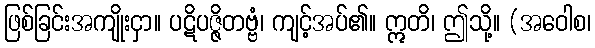
ဖြစ်ခြင်းအကျိုးငှာ။ ပဋိပဇ္ဇိတဗ္ဗံ၊ ကျင့်အပ်၏။ ဣတိ၊ ဤသို့။ (အဝေါစ၊